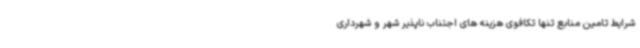
شرایط تامین منابع تنها تکافوی هزینه های اجتناب ناپذیر شهر و شهرداری